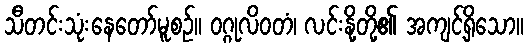
သီတင်းသုံးနေတော်မူစဉ်။ ဝဂ္ဂုလိဝတံ၊ လင်းနို့တို့၏ အကျင့်ရှိသော။